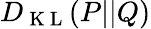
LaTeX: D_{\mathrm{~K~L~}}(P||Q)